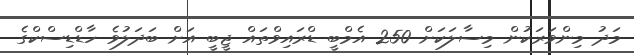
މަދު މިންވަރަކުން މިސާލަކަށް 250 އެމްބީ ޑްރައިވްތައް ޖީބީ އަށް ބަދަލުވެ ހާޑްޑިސްކްގެ